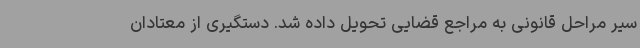
سیر مراحل قانونی به مراجع قضایی تحویل داده شد. دستگیری از معتادان